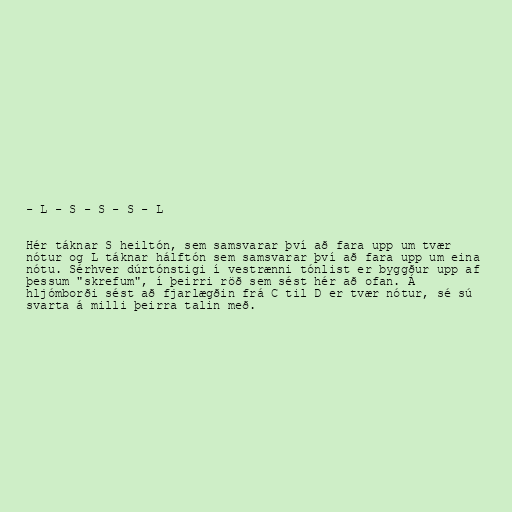
- L - S - S - S - L

Hér táknar S heiltón, sem samsvarar því að fara upp um tvær
nótur og L táknar hálftón sem samsvarar því að fara upp um eina
nótu. Sérhver dúrtónstigi í vestrænni tónlist er byggður upp af
þessum "skrefum", í þeirri röð sem sést hér að ofan. Á
hljómborði sést að fjarlægðin frá C til D er tvær nótur, sé sú
svarta á milli þeirra talin með.